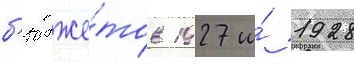
б'юдже́тов 1927 и́ 1928